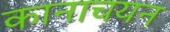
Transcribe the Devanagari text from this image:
कानाचयन